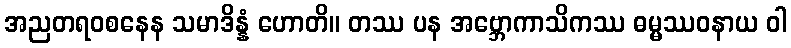
အညတရဝစနေန သမာဒိန္နံ ဟောတိ။ တဿ ပန အဗ္ဘောကာသိကဿ ဓမ္မဿဝနာယ ဝါ